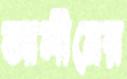
আলীমের